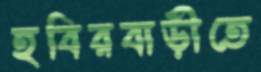
হবিরবাড়ীতে